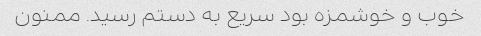
خوب و خوشمزه بود سریع به دستم رسید. ممنون